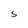
Character: S